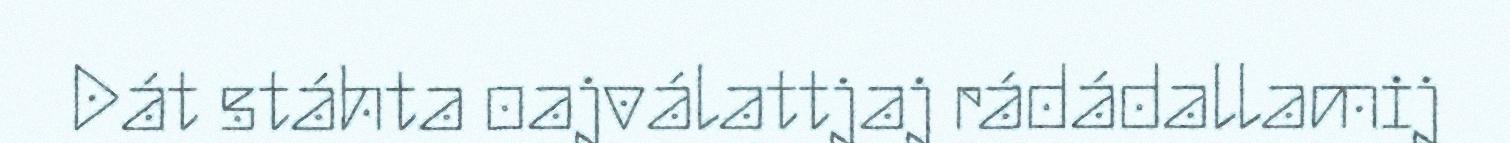
Dát stáhta oajválattjaj rádádallamij